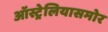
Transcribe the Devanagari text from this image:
ऑस्ट्रेलियासमोर